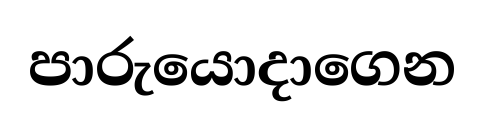
පාරුයොදාගෙන